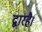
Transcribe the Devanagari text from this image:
द्वारहै।